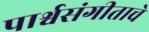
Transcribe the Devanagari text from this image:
पार्श्वसंगीताचे